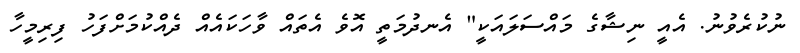
ނުކުރެވުނު. އެއީ ނިޝާގެ މައްސަލައަކީ" އެނދުމަތީ އޮވެ އެތައް ވާހަކައެއް ދެއްކުމަށްފަހު ފިރިމީހާ